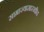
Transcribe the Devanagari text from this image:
साम्राज्यासारखीच